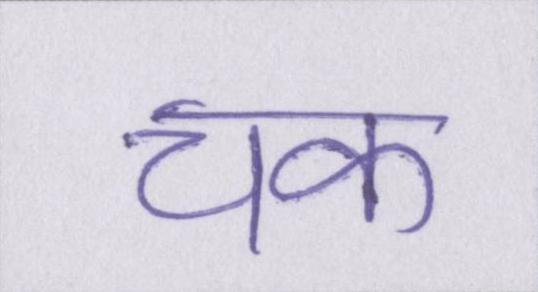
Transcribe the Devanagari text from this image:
चक